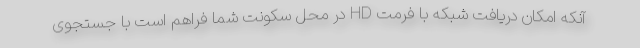
آنکه امکان دریافت شبکه با فرمت HD در محل سکونت شما فراهم است با جستجوی